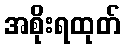
အစိုးရထုတ်